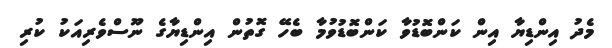
މެދު އިންޑިޔާ އިން ކަންބޮޑުވާ ކަންބޮޑުވުމާ ބެހޭ ގޮތުން އިންޑިޔާގެ ނޫސްވެރިއަކު ކުރި